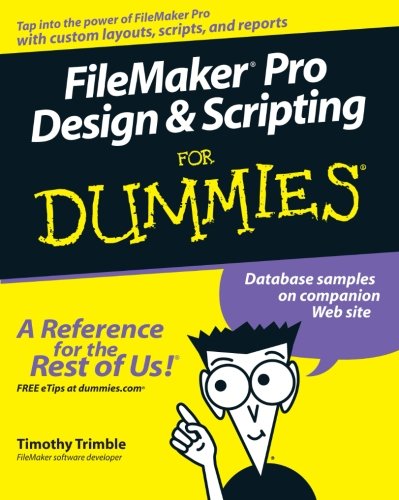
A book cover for Filemaker pro Design & Scripting for Dummies; Timothy Trimble; Computers & Technology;